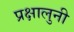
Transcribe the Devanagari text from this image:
प्रक्षालुनी